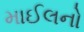
માઈલનો